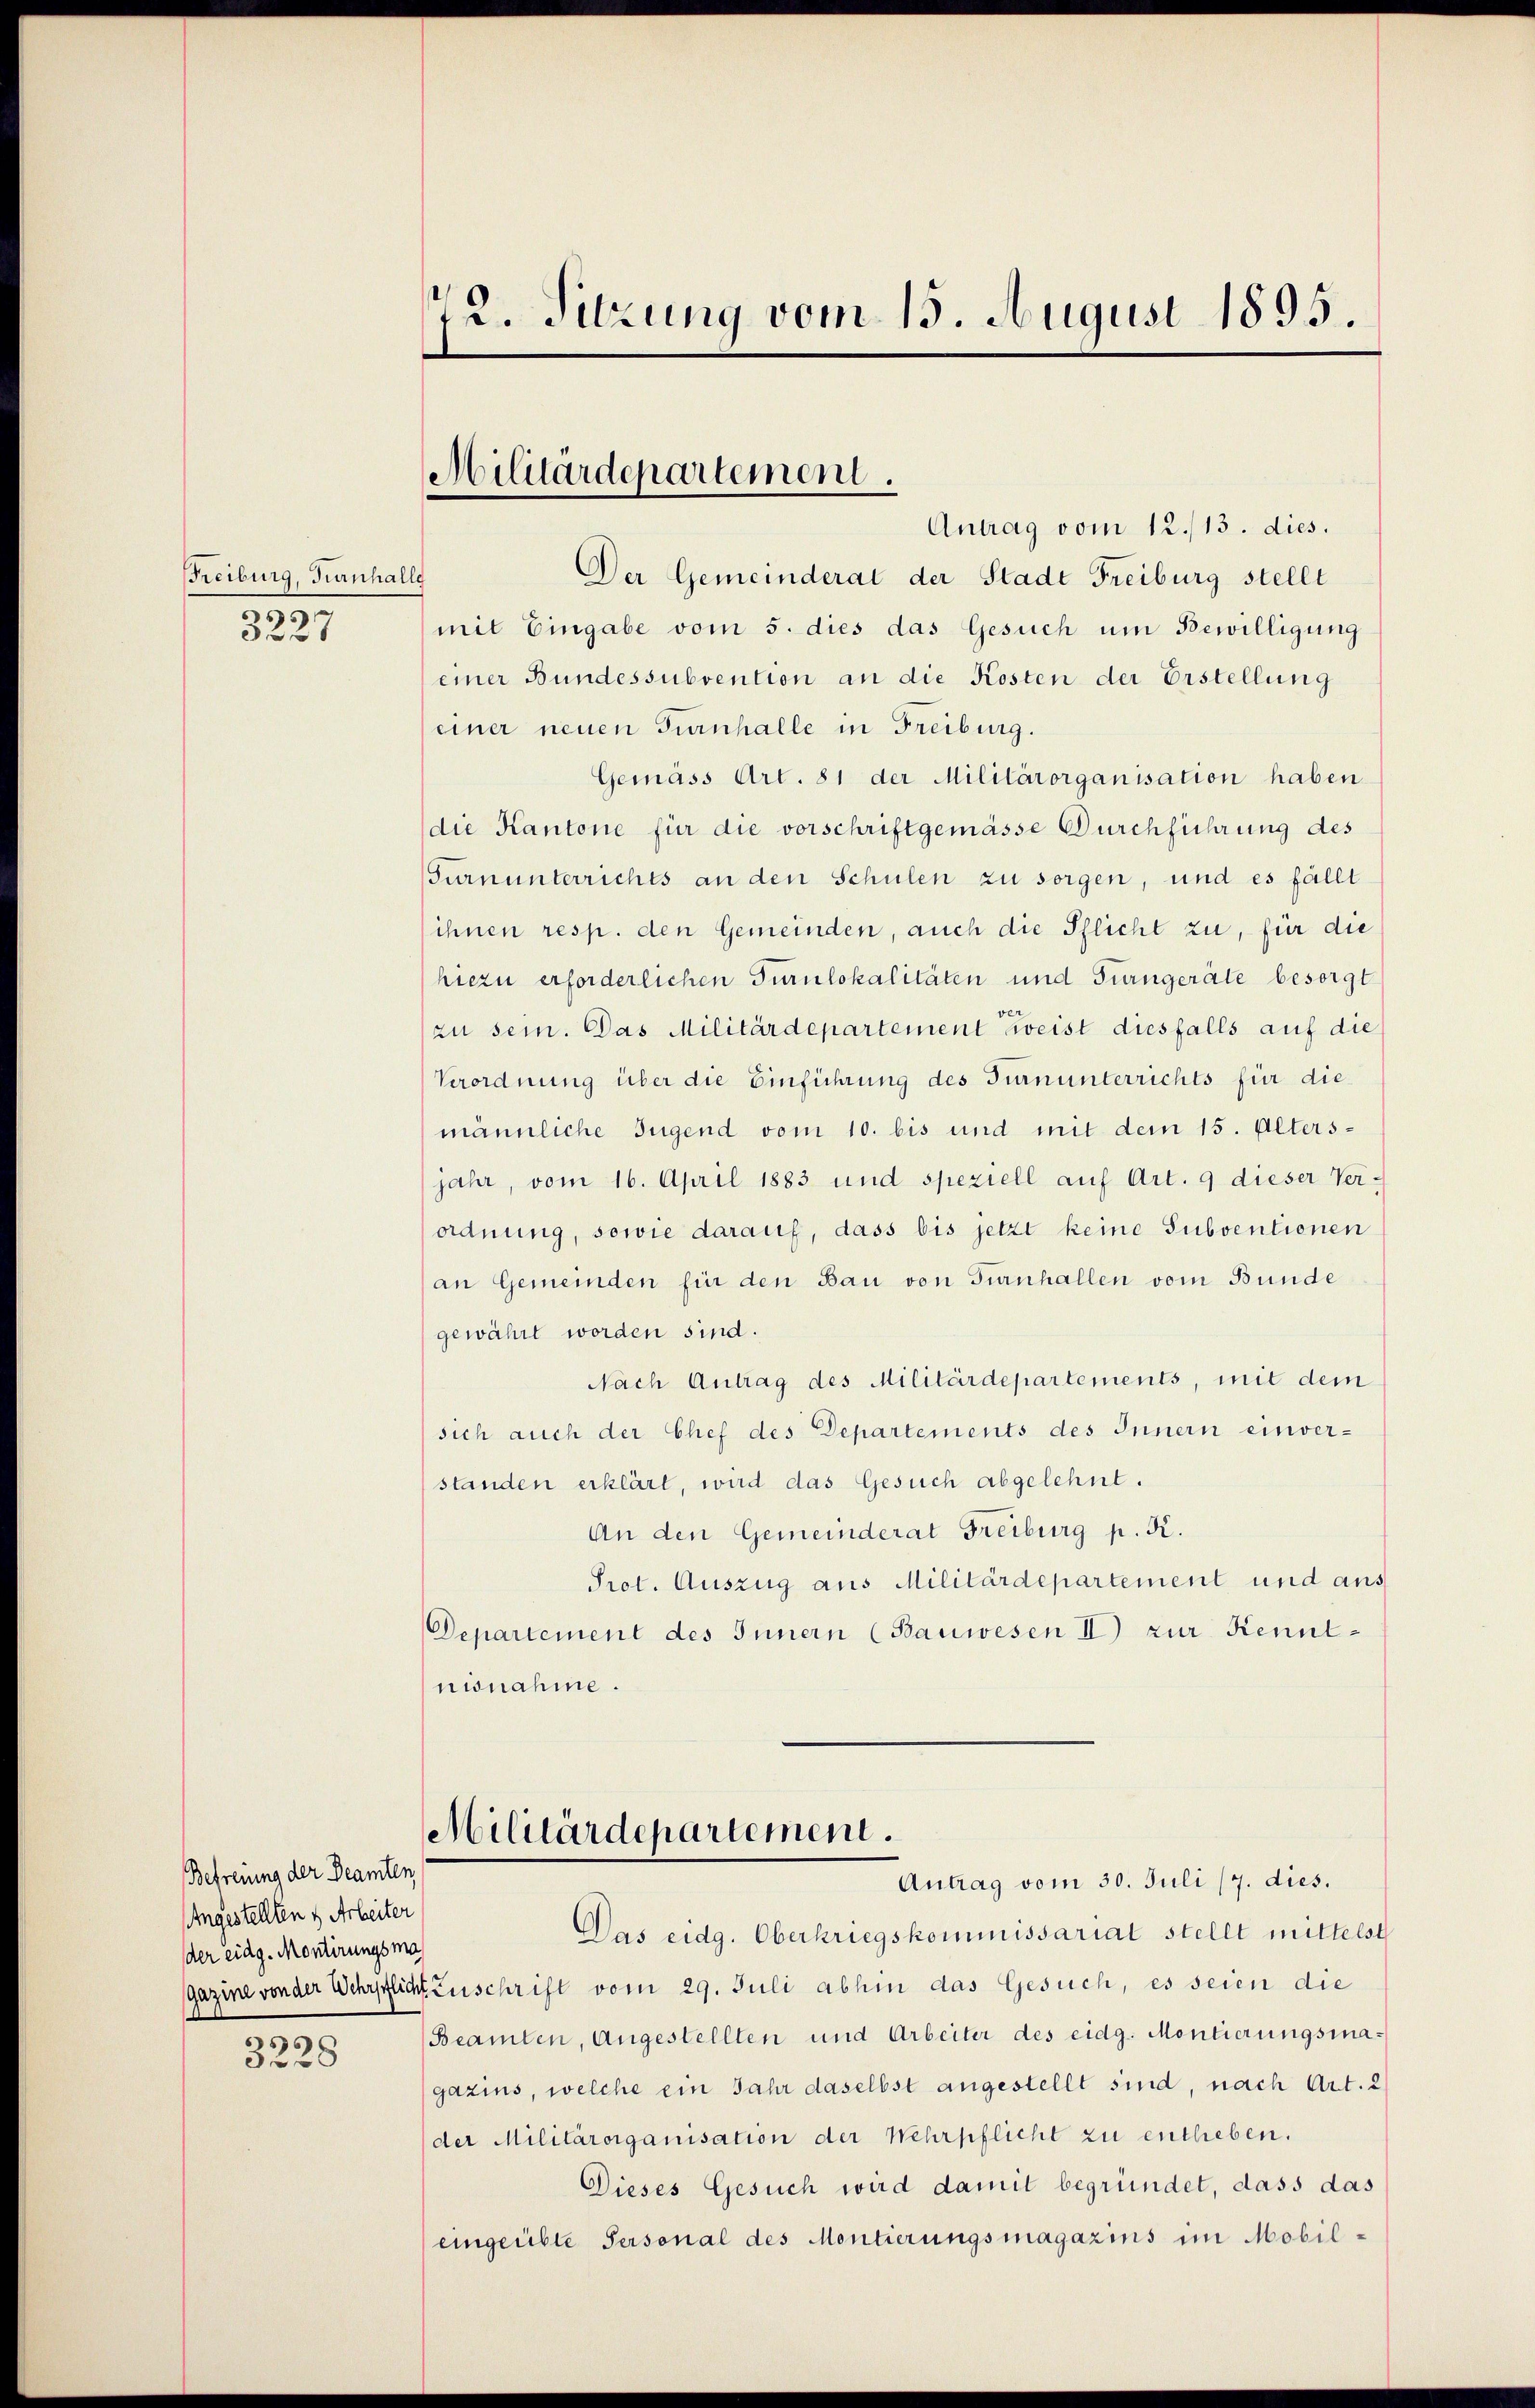
Freiburg, Turnhalle
29.
3227

Befreiung der Beamten,
Angestellten & Arbeiter
der eidg. Montirungsma
1

3228

72. Sitzung vom 15. August 1895.

Militärdepartement.

Antrag vom 12./13. dies.
Der Gemeinderat der Stadt Freiburg stellt
(mit Eingabe vom 5. dies das Gesuch um Bewilligung
einer Bundessubvention an die Kosten der Erstellung
einer neuen Turnhalle in Freiburg.
Gemäss Art. 81 der Militärorganisation haben
die Kantone für die vorschriftgemässe Durchführung des
Turnunterrichts an den Schulen zu sorgen, und es fällt
ihnen resp. den Gemeinden, auch die Pflicht zu, für die
hiezu erforderlichen Turnlokalitäten und Turngeräte besorgt
zu sein. Das Militärdepartement zweist diesfalls auf die
Verordnung über die Einführung des Turnunterrichts für die
männliche Jugend vom 10. bis und mit dem 15. Altersjahr, vom 16. April 1883 und speziell auf Art. 9 dieser Verordnung, sowie darauf, dass bis jetzt keine Subventionen
an Gemeinden für den Bau von Turnhallen vom Bunde
gewährt worden sind.
Nach Antrag des Militärdepartements, mit dem
sich auch der Chef des Departements des Innern einverstanden erklärt, wird das Gesuch abgelehnt.
An den Gemeinderat Freiburg p. K.
Prot. Auszug aus Militärdepartement und aus
Departement des Innern (Bauwesen II) zur Kenntnisnahme.
Militärdepartement.
Antrag vom 30. Juli 17. dies.
Das eidg. Oberkriegskommissariat stellt mittelst
gazine von der Wehrpflicht Zuschrift vom 29. Juli abhin das Gesuch, es seien die
Beamten, Angestellten und Arbeiter des eidg. Montierungsmagazins, welche ein Jahr daselbst angestellt sind, nach Art. 2
der Militärorganisation der Wehrpflicht zu entheben.
Dieses Gesuch wird damit begründet, dass das
eingeübte Personal des Montierungsmagazins im Mobil¬